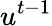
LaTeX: u^{t-1}